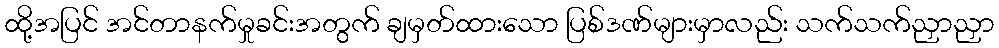
ထို့အပြင် အင်တာနက်မှုခင်းအတွက် ချမှတ်ထားသော ပြစ်ဒဏ်များမှာလည်း သက်သက်ညှာညှာ